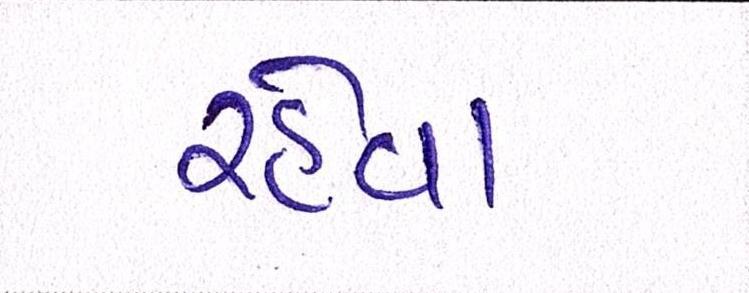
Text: રહેવા